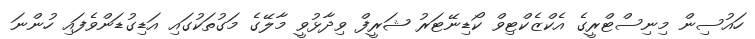
ހައުސިން މިނިސްޓްރީގެ އެކްޒެކްޓިވް ކޯޑިނޭޓަރު ޝަރީފް ވިދާޅުވީ މާލޭގެ މަގުތަކުގައި އަޑިގުޑަންވެފައި ހުންނަ